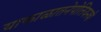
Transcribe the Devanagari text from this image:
याकाळातनेपोलियनची